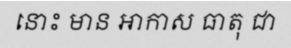
នោះ មាន ឤកាស ធាតុ ជា